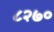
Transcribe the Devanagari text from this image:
८२७०